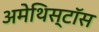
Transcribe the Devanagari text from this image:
अमेथिस्टॉस